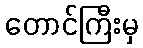
တောင်ကြီးမှ